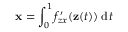
\mathbf { x } = \int _ { 0 } ^ { 1 } f _ { z x } ^ { \prime } ( \mathbf { z } ( t ) ) \operatorname { d } t